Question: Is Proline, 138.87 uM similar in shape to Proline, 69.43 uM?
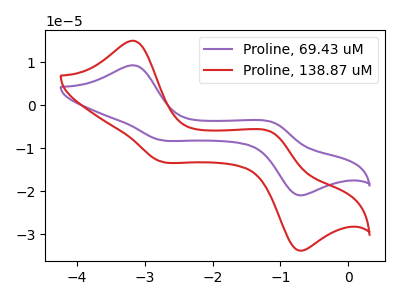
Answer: <think>The purple curve "Proline, 69.43 uM" has anodic peaks at (-3.15V, 9.30uA) (-1.10V, -3.95uA) and cathodic peaks at (-2.75V, -8.05uA) (-0.75V, -20.80uA). The red curve "Proline, 138.87 uM" has anodic peaks at (-3.15V, 15.00uA) (-1.10V, -6.40uA) and cathodic peaks at (-2.75V, -13.00uA) (-0.75V, -33.60uA).
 All the peaks in "Proline, 138.87 uM" have a peak in "Proline, 69.43 uM" at the same potential.</think>
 <answer>"Proline, 138.87 uM" and "Proline, 69.43 uM" are similar in shape.</answer>
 <eval>same_shape</eval>